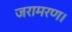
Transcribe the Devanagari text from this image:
जरामरण।